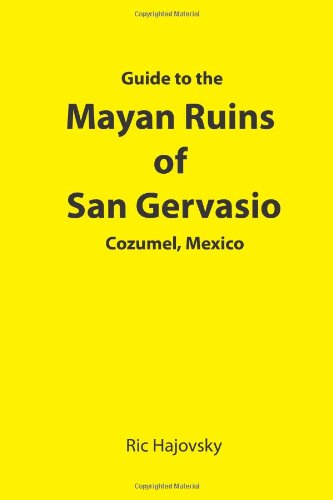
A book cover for Guide to the Mayan Ruins of San Gervasio Cozumel, Mexico; Ric Hajovsky; Travel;